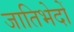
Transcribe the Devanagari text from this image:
जातिभेदों